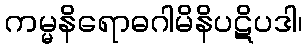
ကမ္မနိရောဓဂါမိနိပဋိပဒါ၊